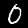
Label: 0